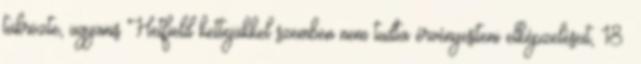
tükrözte, ugyanis Hetfield kettejükkel szemben nem tudta érvényesíteni elképzeléseit, 18